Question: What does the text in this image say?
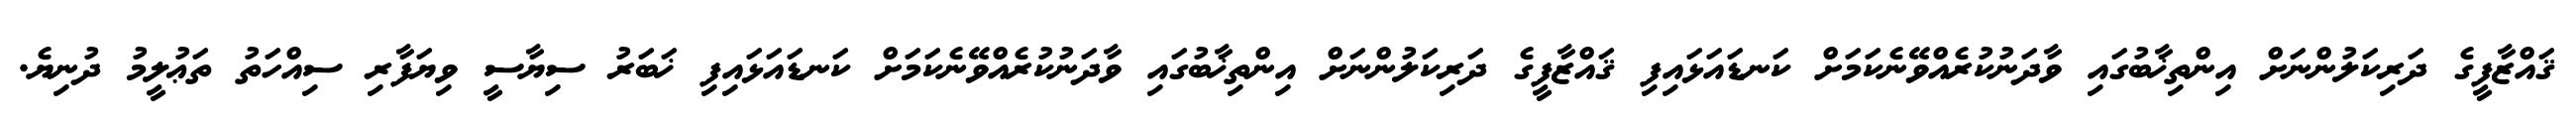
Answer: ޤައްޒާފީގެ ދަރިކަލުންނަށް އިންތިޚާބުގައި ވާދަނުކުރެއްވޭނެކަމަށް ކަނޑައަޅައިފި ޤައްޒާފީގެ ދަރިކަލުންނަށް އިންތިޚާބުގައި ވާދަނުކުރެއްވޭނެކަމަށް ކަނޑައަޅައިފި ޚަބަރު ސިޔާސީ ވިޔަފާރި ސިއްހަތު ތަޢުލީމު ދުނިޔެ.